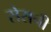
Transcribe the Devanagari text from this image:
सेसनी